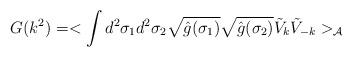
LaTeX: \begin{align*}G(k^{2})=<\int d^{2}\sigma_{1} d^{2}\sigma_{2} \sqrt{\hat{g}(\sigma_{1})}\sqrt{\hat{g}(\sigma_{2})} {\tilde{V}}_{k} {\tilde{V}}_{-k}>_{\cal{A}}\end{align*}